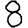
Digit: 8